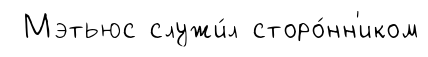
Мэтьюс служи́л сторо́нн'иком